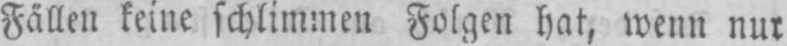
Fällen keine schlimmen Folgen hat, wenn nur